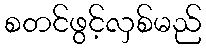
စတင်ဖွင့်လှစ်မည်